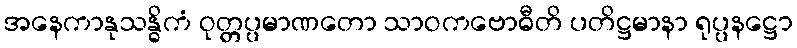
အနေကာနုသန္ဓိကံ ဝုတ္တပ္ပမာဏတော သာဝကဗောဓီတိ ပတိဋ္ဌမာနာ ရုပ္ပနဋ္ဌော